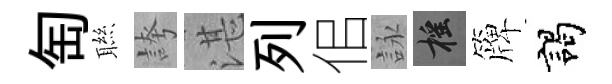
匋聮誇湛列佀詠摇簰謁